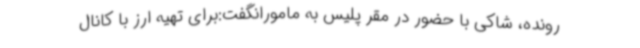
رونده، شاکی با حضور در مقر پلیس به مامورانگفت:برای تهیه ارز با کانال